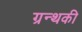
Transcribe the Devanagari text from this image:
ग्रन्थकी